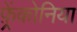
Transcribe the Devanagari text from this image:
फ़्रेंकोनिया